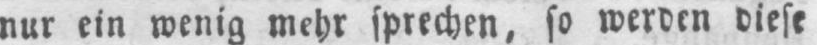
nur ein wenig mehr sprechen, so werden diese